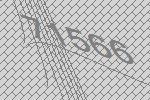
71566